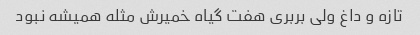
تازه و داغ ولی بربری هفت گیاه خمیرش مثله همیشه نبود